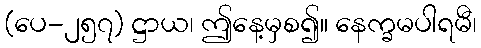
(ပေ-၂၅၇) ဋ္ဌာယ၊ ဤနေ့မှစ၍။ နေက္ခမပါရမီ၊